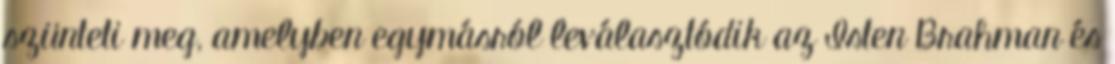
szünteti meg, amelyben egymásról leválasztódik az Isten Brahman és